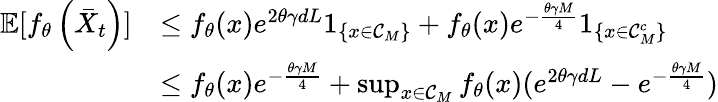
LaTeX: \begin{array}{rl}{\mathbb{E}[f_{\theta}\left(\bar{X}_{t}\right)]}&{\le f_{\theta}(x)e^{2\theta\gamma dL}1_{\{ x\in{\cal C}_{M}\} }+f_{\theta}(x)e^{-\frac{\theta\gamma M}{4}}1_{\{ x\in{\cal C}_{M}^{c}\} }}\\ &{\le f_{\theta}(x)e^{-\frac{\theta\gamma M}{4}}+\operatorname*{sup}_{x\in{\cal C}_{M}}f_{\theta}(x)(e^{2\theta\gamma dL}-e^{-\frac{\theta\gamma M}{4}})}\end{array}